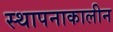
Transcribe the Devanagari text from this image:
स्थापनाकालीन